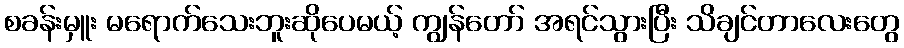
စခန်းမှူး မရောက်သေးဘူးဆိုပေမယ့် ကျွန်တော် အရင်သွားပြီး သိချင်တာလေးတွေ